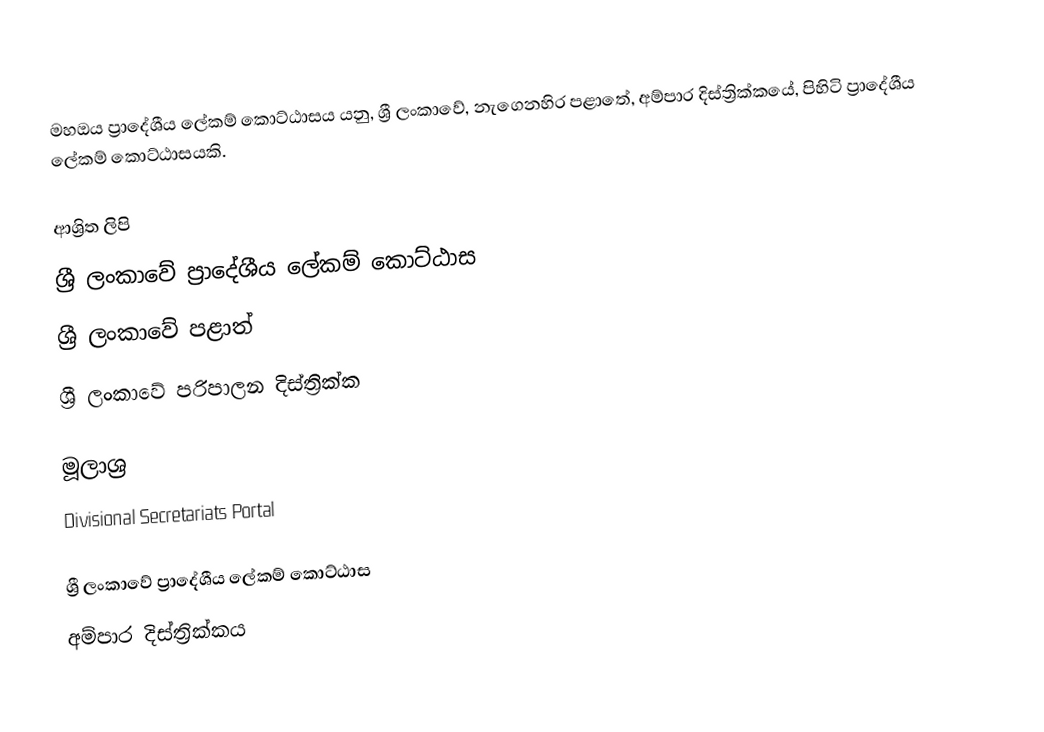
මහඔය ප්‍රාදේශීය ලේකම් කොට්ඨාසය යනු,  ශ්‍රී ලංකාවේ, නැගෙනහිර පළාතේ,   අම්පාර දිස්ත්‍රික්කයේ, පිහිටි ප්‍රාදේශීය ලේකම් කොට්ඨාසයකි.

ආශ්‍රිත ලිපි
ශ්‍රී ලංකාවේ ප්‍රාදේශීය ලේකම් කොට්ඨාස
ශ්‍රී ලංකාවේ පළාත්
ශ්‍රී ලංකාවේ පරිපාලන දිස්ත්‍රික්ක

මූලාශ්‍ර
 Divisional Secretariats Portal

ශ්‍රී ලංකාවේ ප්‍රාදේශීය ලේකම් කොට්ඨාස
අම්පාර දිස්ත්‍රික්කය